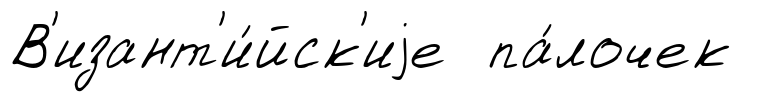
В'изант'и́йск'иjе па́лочек